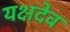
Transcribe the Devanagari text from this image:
यक्षदेव